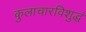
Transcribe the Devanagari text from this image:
कुलाचारविशुद्धं